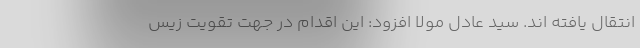
انتقال یافته اند. سید عادل مولا افزود: این اقدام در جهت تقویت زیس